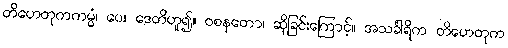
တိဟေတုကကမ္မံ၊ ပေ။ ဒေတိဟူ၍။ ဝစနတော၊ ဆိုခြင်းကြောင့်။ အသင်္ခါရိက တိဟေတုက